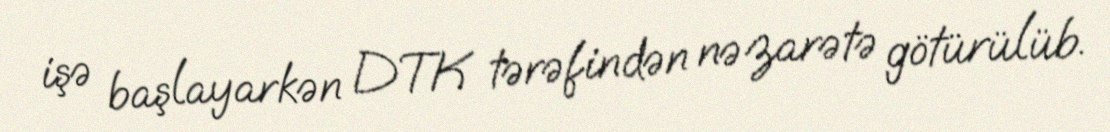
işə başlayarkən DTK tərəfindən nəzarətə götürülüb.